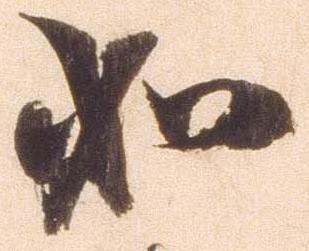
如